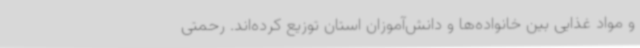
و مواد غذایی بین خانواده‌ها و دانش‌آموزان استان توزیع کرده‌اند. رحمتی